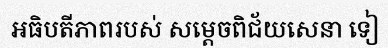
អធិបតីភាពរបស់ សម្តេចពិជ័យសេនា ទៀ